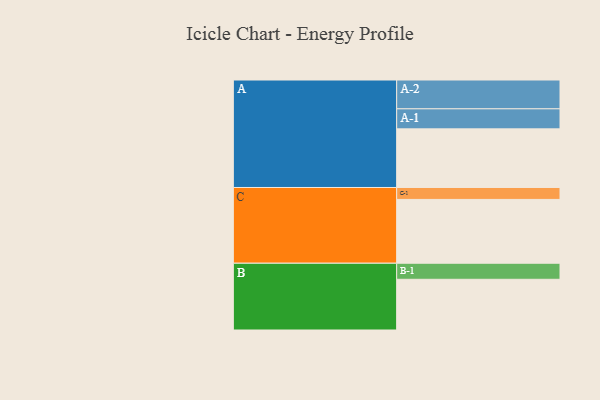
{"axis": {"x": "Segment", "y": "Value"}, "legend": ["", "A", "B", "C"], "data": [{"x": "A", "y": 541, "type": ""}, {"x": "B", "y": 468, "type": ""}, {"x": "C", "y": 589, "type": ""}, {"x": "A-1", "y": 185, "type": "A"}, {"x": "A-2", "y": 266, "type": "A"}, {"x": "B-1", "y": 148, "type": "B"}, {"x": "C-1", "y": 110, "type": "C"}]}